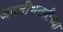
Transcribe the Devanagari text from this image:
अवतीभवतीच्या